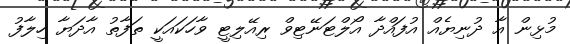
މުޅިން އާ ދުނިޔެއް އުފައްދާ އޯލްޓަނޭޓިވް ރިއޭލިޓީ ވާހަކައަކީ ތަފާތު އާދަޔާ ހިލާފު